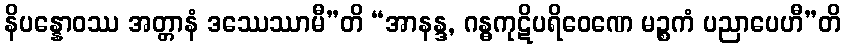
နိပန္နောဝဿ အတ္တာနံ ဒဿေဿာမီ”တိ “အာနန္ဒ, ဂန္ဓကုဋိပရိဝေဏေ မဉ္စကံ ပညာပေဟီ”တိ